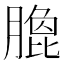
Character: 𭩄